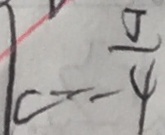
c = - \frac { 5 } { 4 }